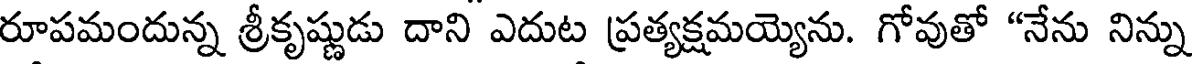
రూపమందున్న శ్రీకృష్ణుడు దాని ఎదుట ప్రత్యక్షమయ్యెను. గోవుతో "నేను నిన్ను